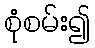
စုံစမ်း၍